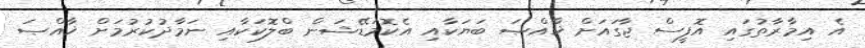
އެ އިމާރާތުގައި އޮފީސް ޖާގައަށް ޚާއްޞަ ބަޔަކާއި އެކޮމަޑޭޝަން ބްލޮކަކާއި ނަމާދުކުރުމަށް ޚާއްޞަ